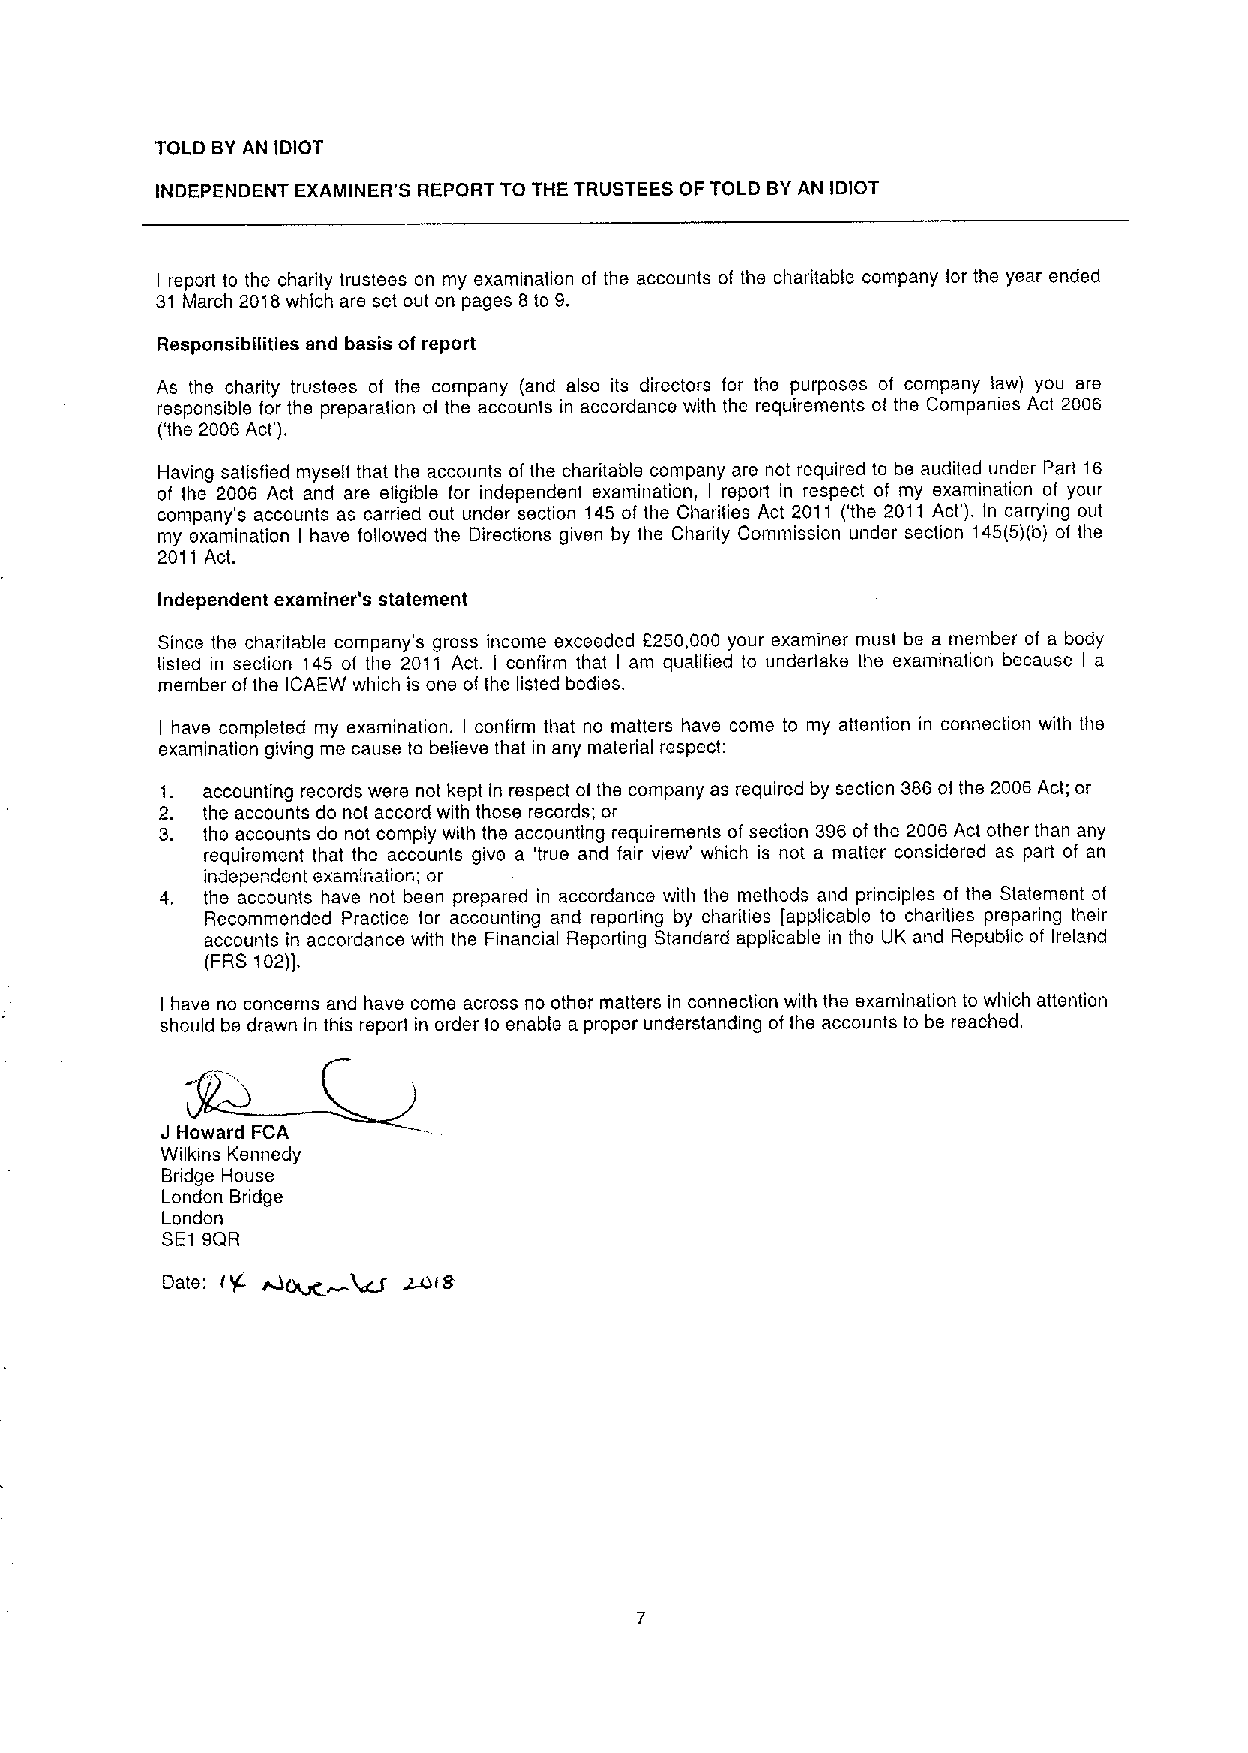
TOLD BYAN IDIOT
 INDEPENDENT EXAMINER'S REPORT TO THE TRUSTEES OFTOLD BYAN IDIOT
 report to the charity trustees on my examination of the accounts of the charitable company for the year ended
 3I 1 March 2018which are set out on pages 8to 9.
 Responsibilities and basis of report
 As the charity trustees of the company (and also its directors for the purposes of company law) you are
 responsible for the preparation of the accounts in accordance with the requirements of the Companies Act 2006
 ('the 2006 Act').
 Having satisfied myself that the accounts of the charitable company are not required to be audited under Part 16
 of the 2006 Act and are eligible for independent examination, report in respect of my examination of your
 I
 company's accounts as carried out under section 145 of the Charities Act 2011 ('the 2011 Act'). In carrying out
 my examination have followed the Directions given by the Charity Commission under section 145(5)(b) of the
 I
 2011 Act.
 Independent examiner's statement
 Since the charitable company's gross income exceeded 2250,000 your examiner must be a member of a body
 listed in section 145 of the 2011 Act. I confirm that I am qualified to undertake the examination because I a
 member ofthe ICAEW which is one of the listed bodies.
 I have completed my examination. I confirm that no matters have come to my attention in connection with the
 examination giving me cause to believe that in any material respect:
 1. accounting records were not kept in respect of the company as required by section 386of the 2006 Act; or
 2. the accounts do not accord with those records; or
 3. the accounts do not comply with the accounting requirements of section 396ofthe 2006 Act other than any
 requirement that the accounts give a 'true and fair view' which is not a matter considered as part of an
 independcnl examination; or
 4. the accounls have not been prepared in accordance with the methods and pnnciples of the Statement of
 Recommended Practice for accounting and reporting by charities [applicable to charities preparing their
 accounts in accordance with the Financial Reporting Standard applicable in the UK and Republic of Ireland
 (FRS102)].
 have no concerns and have come across no other matters in connection with the examination to which attention
 sI hould be drawn in this report in order to enable aproper understanding ofthe accounts to be reached.
 J Howard FCA
 Wilkins Kennedy
 Bridge House
 London Bridge
 London
 SEI 9QR